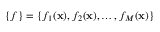
\{ f \} = \{ f _ { 1 } ( \mathbf { x } ) , f _ { 2 } ( \mathbf { x } ) , \ldots , f _ { M } ( \mathbf { x } ) \}